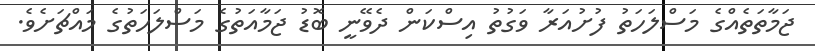
ޖަމާތަތެއްގެ މަސްލަހަތު ފުށުއަރާ ވަގުތު އިސްކަން ދެވޭނީ ބޮޑު ޖަމާއަތުގެ މަސްލަހަތުގެ މައްޗަށެވެ.